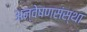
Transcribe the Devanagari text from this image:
अन्वेषणसंस्था